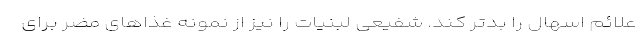
علائم اسهال را بدتر کند. شفیعی لبنیات را نیز از نمونه غذاهای مضر برای